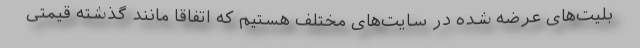
بلیت‌های عرضه شده در سایت‌های مختلف هستیم که اتفاقا مانند گذشته قیمتی